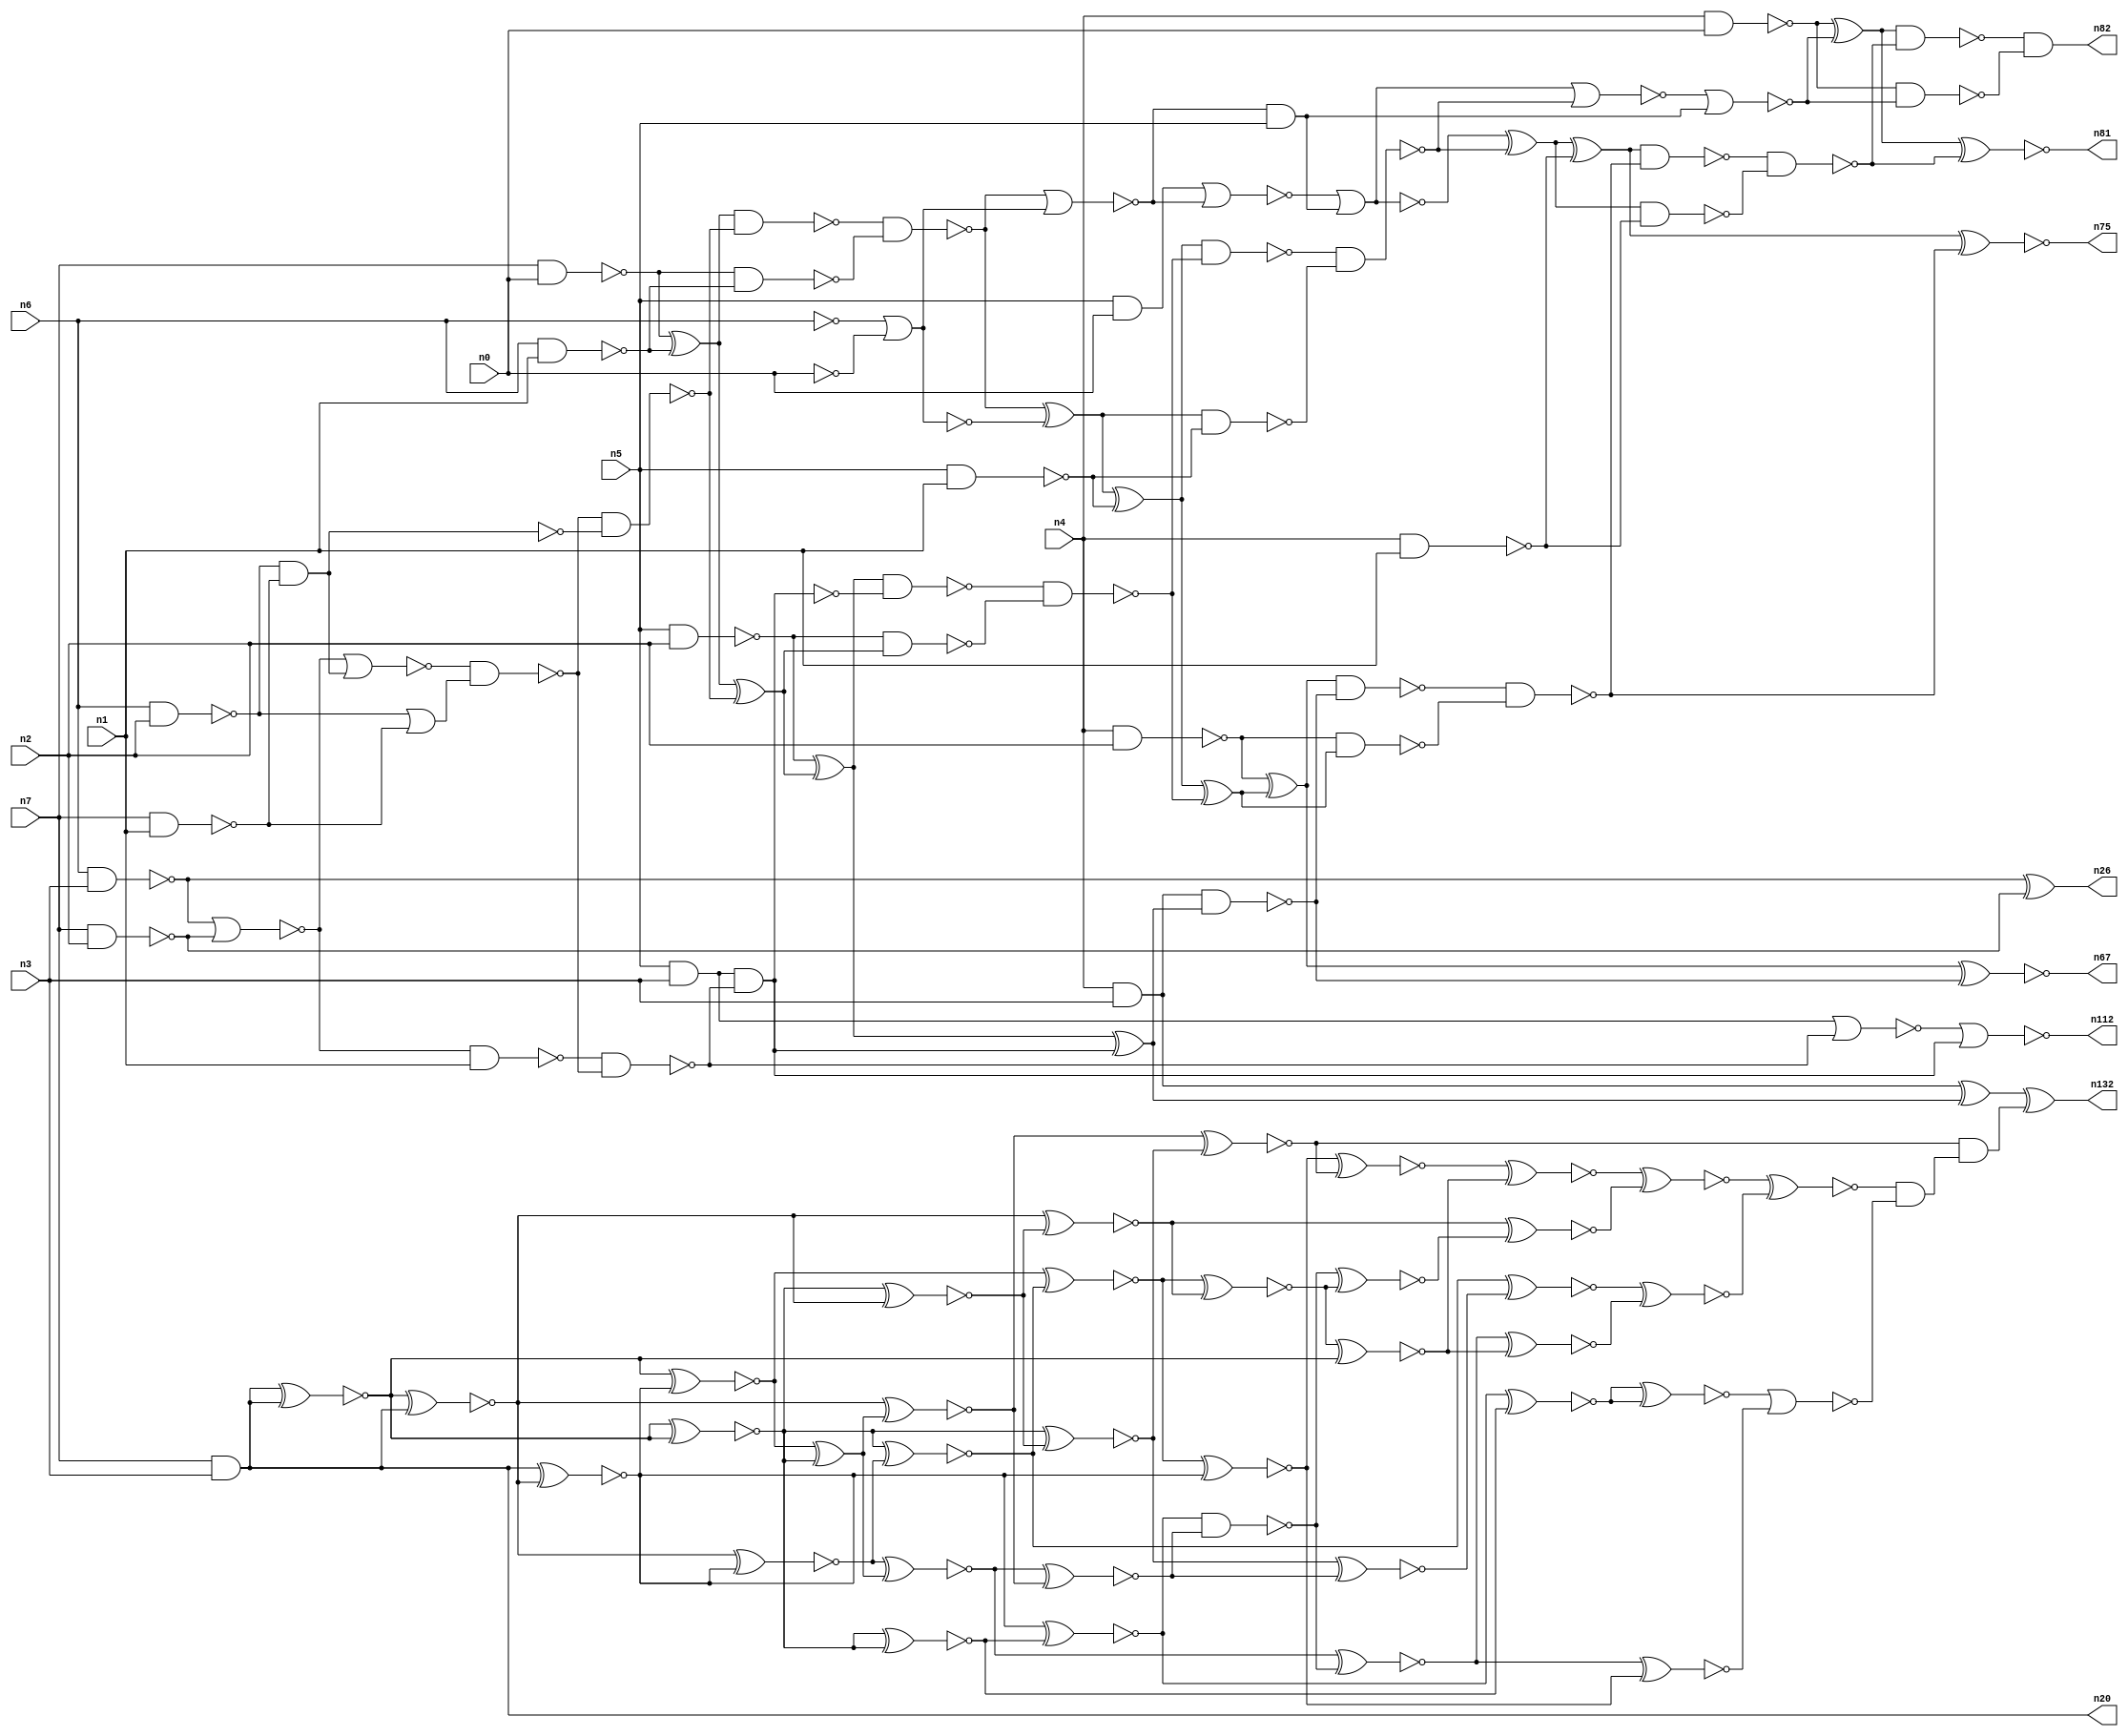
// This file contains a pareto-optimal circuit with respect to delay and the fault-resilince parameter p_fault which is defined as:
// "For all input vectors, the ratio of the no. of faults observable at the POs to the no. of total possible faults in the circuit".
// This code is part of the ReCkt library (https://github.com/umar-afzaal/ReCkt) distributed under The MIT License.
// When used, please cite the following article(s):
// U. Afzaal, A.S. Hassan, M. Usman and J.A. Lee, "On the Evolutionary Synthesis of Increased Fault-resilience Arithmetic Circuits".

// p_fault = 53.3 %    (Lower is better)
// gates = 125.0
// levels = 17
// area = 171.35    (For MCNC library relative to nand2)
// power = 1141.0 uW    (Berkely-SIS for MCNC library @ Vdd=5V and 20 MHz clock)
// delay = 31.5 ns    (Berkely-ABC for MCNC library)
// PDP = 3.59415e-11 J

// Pin mapping:
// {n0, n1, n2, n3} = A[3:0]
// {n4, n5, n6, n7} = B[3:0]
// {n82, n81, n75, n67, n132, n112, n26, n20} = O[7:0]

module mult4u_delay_15 (
n0, n1, n2, n3, n4, n5, n6, n7, 
n82, n81, n75, n67, n132, n112, n26, n20
);

input n0, n1, n2, n3, n4, n5, n6, n7;
output n82, n81, n75, n67, n132, n112, n26, n20;
wire n119, n95, n120, n16, n73, n122, n77, n113, n128, n41, n40, n108, n38, n78, n117, n76, n106, n46, n50, n51, 
n83, n15, n114, n66, n129, n111, n36, n35, n18, n99, n32, n13, n21, n103, n101, n64, n92, n94, n57, n65, 
n115, n90, n33, n10, n17, n70, n93, n118, n107, n116, n97, n96, n131, n109, n61, n19, n58, n68, n24, n74, 
n44, n62, n121, n60, n28, n89, n91, n59, n80, n100, n27, n105, n79, n69, n104, n45, n71, n98, n25, n14, 
n43, n8, n88, n126, n86, n39, n34, n37, n130, n31, n125, n42, n48, n123, n52, n124, n56, n54, n12, n63, 
n30, n22, n110, n127, n85, n11, n49, n29, n9, n72, n47, n55, n53, n23, n87, n102, n84;

not (n8, n0);
nand (n9, n6, n2);
nand (n10, n5, n1);
nand (n11, n4, n2);
nand (n12, n7, n2);
nand (n13, n4, n0);
nand (n14, n7, n1);
and (n15, n5, n0);
nand (n16, n4, n3);
nand (n17, n6, n3);
and (n18, n5, n3);
nand (n19, n6, n1);
and (n20, n7, n3);
nand (n21, n4, n1);
not (n22, n6);
nand (n23, n7, n0);
nand (n24, n5, n2);
xor (n25, n23, n19);
xor (n26, n17, n12);
and (n27, n9, n14);
or (n28, n9, n14);
nand (n29, n23, n19);
not (n30, n16);
nor (n31, n22, n8);
nor (n32, n17, n12);
not (n33, n27);
nor (n34, n32, n27);
not (n35, n31);
nand (n36, n32, n1);
nand (n37, n34, n28);
nand (n38, n36, n37);
nand (n39, n37, n33);
nand (n40, n18, n38);
nor (n41, n18, n38);
nand (n42, n25, n39);
xor (n43, n25, n39);
nand (n44, n24, n43);
xor (n45, n24, n43);
nand (n46, n42, n29);
not (n47, n40);
xor (n48, n45, n47);
nand (n49, n45, n40);
xor (n50, n46, n31);
nor (n51, n41, n47);
nor (n52, n46, n35);
nor (n53, n15, n52);
xor (n54, n50, n10);
nand (n55, n50, n10);
xor (n56, n30, n48);
and (n57, n52, n5);
nand (n58, n30, n48);
nand (n59, n49, n44);
xor (n60, n54, n59);
nand (n61, n54, n59);
nor (n62, n53, n57);
not (n63, n62);
nand (n64, n11, n60);
xor (n65, n11, n60);
nand (n66, n61, n55);
xnor (n67, n65, n58);
nor (n68, n63, n66);
xor (n69, n62, n66);
nand (n70, n65, n58);
xor (n71, n69, n21);
nand (n72, n69, n21);
nand (n73, n70, n64);
nor (n74, n68, n57);
xnor (n75, n71, n73);
nand (n76, n71, n73);
xor (n77, n13, n74);
nand (n78, n13, n74);
nand (n79, n76, n72);
nand (n80, n77, n79);
xnor (n81, n77, n79);
and (n82, n80, n78);
xnor (n83, n20, n20);
xnor (n84, n20, n20);
xnor (n85, n83, n20);
xnor (n86, n20, n20);
xnor (n87, n20, n20);
xnor (n88, n87, n20);
xnor (n89, n20, n20);
xnor (n90, n20, n88);
xnor (n91, n20, n86);
xnor (n92, n84, n87);
xnor (n93, n92, n85);
xnor (n94, n83, n89);
xnor (n95, n20, n91);
xnor (n96, n89, n83);
xnor (n97, n85, n95);
xnor (n98, n84, n90);
xnor (n99, n92, n96);
xnor (n100, n94, n97);
xnor (n101, n94, n93);
xnor (n102, n98, n100);
xor (n103, n98, n96);
xnor (n104, n91, n93);
xnor (n105, n88, n103);
xnor (n106, n97, n103);
xnor (n107, n102, n95);
xnor (n108, n105, n101);
xnor (n109, n106, n105);
xnor (n110, n90, n99);
xnor (n111, n102, n104);
and (n112, n51, n51);
nand (n113, n110, n109);
xnor (n114, n111, n86);
xnor (n115, n110, n99);
xnor (n116, n106, n113);
xnor (n117, n113, n111);
xnor (n118, n104, n117);
xnor (n119, n116, n107);
xnor (n120, n101, n109);
xnor (n121, n107, n108);
xnor (n122, n121, n114);
xnor (n123, n122, n118);
xnor (n124, n116, n114);
xnor (n125, n115, n115);
nor (n126, n125, n119);
xnor (n127, n100, n120);
xnor (n128, n127, n124);
xnor (n129, n123, n128);
and (n130, n129, n126);
and (n131, n108, n130);
xor (n132, n56, n131);

endmodule